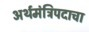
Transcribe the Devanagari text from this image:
अर्थमंत्रिपदाचा